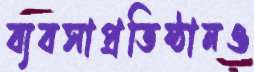
ব্যবসাপ্রতিষ্ঠানও